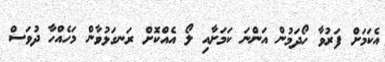
އެކަމަށް ފަރުވާ ހޯދަމުން އަންނަ ކަމަށާއި ލޯ އެއްކޮށް ރަނގަޅުވާން މަހެއްހާ ދުވަސް